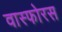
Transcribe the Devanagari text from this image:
वास्फोरस